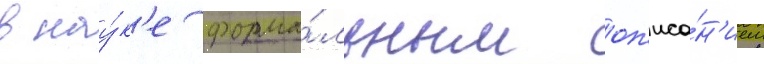
в нау́к'е форма́льным оп'иса́н'ием